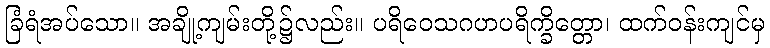
ခြံရံအပ်သော။ အချို့ကျမ်းတို့၌လည်း။ ပရိဝေသဂဟပရိက္ခိတ္တော၊ ထက်ဝန်းကျင်မှ